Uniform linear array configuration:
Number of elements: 64
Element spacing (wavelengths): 1
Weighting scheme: hann
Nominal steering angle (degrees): -30
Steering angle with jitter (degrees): -31.561
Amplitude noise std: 0.05
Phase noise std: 0.05

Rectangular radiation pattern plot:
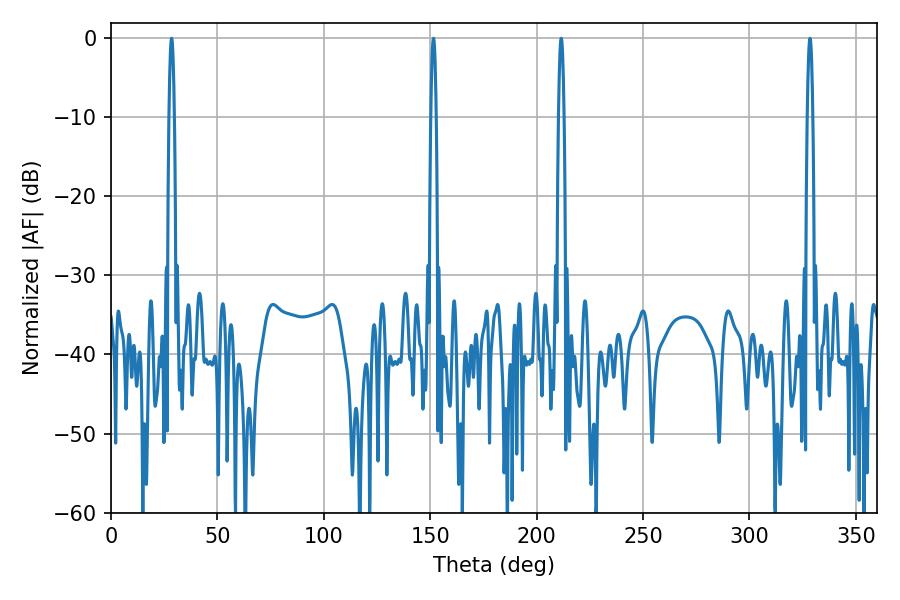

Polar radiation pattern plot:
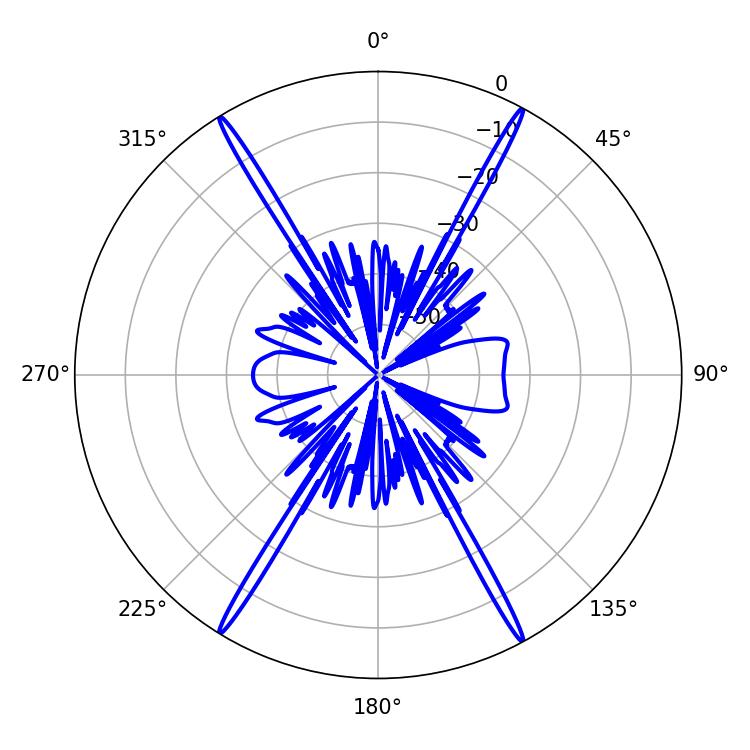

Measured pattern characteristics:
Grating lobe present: TRUE
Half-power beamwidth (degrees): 1.26
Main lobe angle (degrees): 28.44